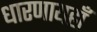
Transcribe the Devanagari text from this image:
धारणायहाँ